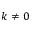
k \neq 0